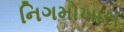
નિગમોખાસ